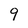
Character: 9